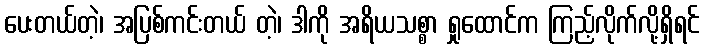
ပေးတယ်တဲ့၊ အပြစ်ကင်းတယ် တဲ့၊ ဒါကို အရိယသစ္စာ ရှုထောင်က ကြည့်လိုက်လို့ရှိရင်